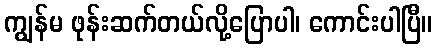
ကျွန်မ ဖုန်းဆက်တယ်လို့ပြောပါ၊ ကောင်းပါပြီ။